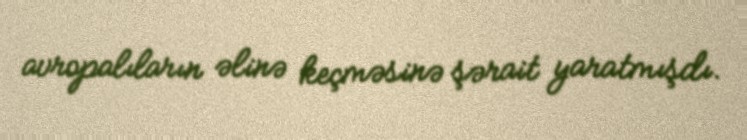
avropalıların əlinə keçməsinə şərait yaratmışdı.